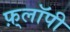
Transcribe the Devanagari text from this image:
फ़्लॉपी